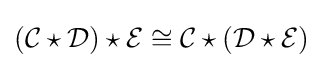
({\mathcal {C}}\star {\mathcal {D}})\star {\mathcal {E}}\cong {\mathcal {C}}\star ({\mathcal {D}}\star {\mathcal {E}})